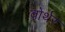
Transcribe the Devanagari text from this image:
वोर्थर